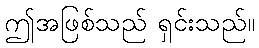
ဤအဖြစ်သည် ရှင်းသည်။